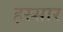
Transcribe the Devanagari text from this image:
हस्सार